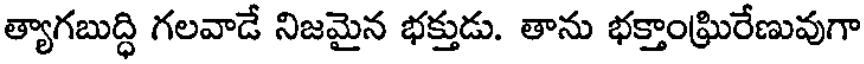
త్యాగబుద్ధి గలవాడే నిజమైన భక్తుడు. తాను భక్తాంఘ్రిరేణువుగా